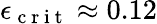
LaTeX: \epsilon_{\mathrm{~c~r~i~t~}}\approx 0.12